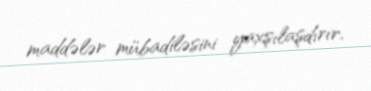
maddələr mübadiləsini yaxşılaşdırır.